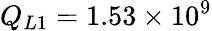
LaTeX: Q_{L1}=1.53\times 10^{9}